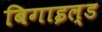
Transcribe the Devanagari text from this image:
बिगाइल्ड